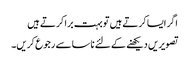
اگر ایسا کرتے ہیں تو بہت برا کرتے ہیں
تصویریں دیکھنے کے لئے ناسا سے رجوع کریں۔